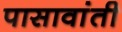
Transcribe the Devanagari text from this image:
पासावांती